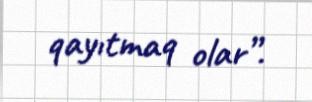
qayıtmaq olar”.